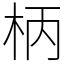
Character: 柄